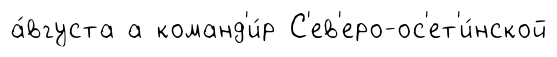
а́вгуста а команд'и́р С'ев'еро-ос'ет'и́нской